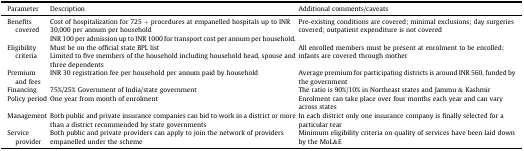
| Parameter | Description | Additional comments/caveats |
 | --- | --- | --- |
 | Benefits covered | Cost of hospitalization for 725 + procedures at empanelled hospitals up to INR 30,000 per annum per householdINR 100 per admission up to INR 1000 for transport cost per annum per household. | Pre-existing conditions are covered; minimal exclusions; day surgeries covered; outpatient expenditure is not covered |
 | Eligibility criteria | Must be on the official state BPL listLimited to five members of the household including household head, spouse and three dependents | All enrolled members must be present at enrolment to be enrolled; infants are covered through mother |
 | Premium and fees | INR 30 registration fee per household per annum paid by household | Average premium for participating districts is around INR 560, funded by the government |
 | Financing | 75%/25% Government of India/state government | The ratio is 90%/10% in Northeast states and Jammu & Kashmir |
 | Policy period | One year from month of enrolment | Enrolment can take place over four months each year and can vary across states |
 | Management | Both public and private insurance companies can bid to work in a district or more than a district recommended by state governments | In each district only one insurance company is finally selected for a particular tear |
 | Service provider | Both public and private providers can apply to join the network of providers empanelled under the scheme | Minimum eligibility criteria on quality of services have been laid down by the MoL&E |